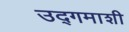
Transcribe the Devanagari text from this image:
उद्‌गमाशी